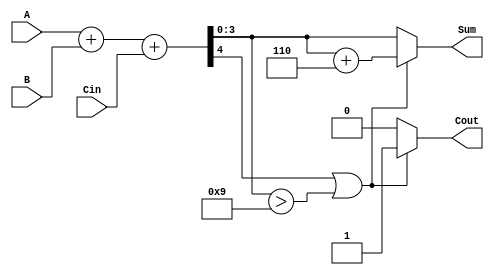
module BCD_Parallel_Adder (
    input  wire [3:0] A,      // First BCD digit
    input  wire [3:0] B,      // Second BCD digit
    input  wire Cin,          // Carry input
    output reg  [3:0] Sum,    // BCD result
    output reg  Cout          // Carry output
);

    wire [4:0] S;            // 5-bit sum to hold the binary addition result
    wire correction_needed;   // Signal to indicate if correction is needed

    // Step 1: Perform binary addition of A, B, and Cin
    assign S = A + B + Cin;

    // Step 2: Determine if correction is needed
    assign correction_needed = (S[4] == 1) || (S[3:0] > 4'b1001);

    always @(*) begin
        if (correction_needed) begin
            // Apply correction by adding 6 (0110)
            Sum = S[3:0] + 4'b0110;
            Cout = 1'b1;   // Set carry-out since correction was applied
        end else begin
            Sum = S[3:0];
            Cout = 1'b0;   // No carry-out if no correction
        end
    end

endmodule